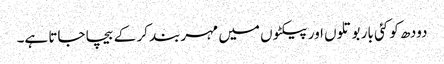
دودھ کو کئی بار بوتلوں اور پیکٹوں میں مہربند کر کے بیچا جاتا ہے۔